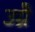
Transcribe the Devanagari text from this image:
उग्रै